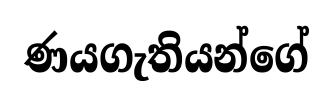
ණයගැතියන්ගේ